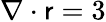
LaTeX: \nabla\cdot\mathsf{r}=3